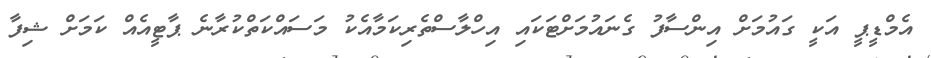
އެމްޑީޕީ އަކީ ގައުމަށް އިންސާފު ގެނައުމަށްޓަކައި އިހްލާސްތެރިކަމާއެކު މަސައްކަތްކުރާނެ ޕާޓީއެއް ކަމަށް ޝިފާ